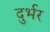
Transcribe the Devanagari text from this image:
दुर्भर